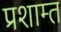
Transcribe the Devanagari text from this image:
प्रशाम्त